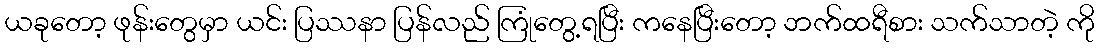
ယခုတော့ ဖုန်းတွေမှာ ယင်း ပြဿနာ ပြန်လည် ကြုံတွေ့ရပြီး ကနေပြီးတော့ ဘက်ထရီစား သက်သာတဲ့ ကို